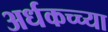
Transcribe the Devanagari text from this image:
अर्धकच्च्या